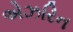
એઝરિન